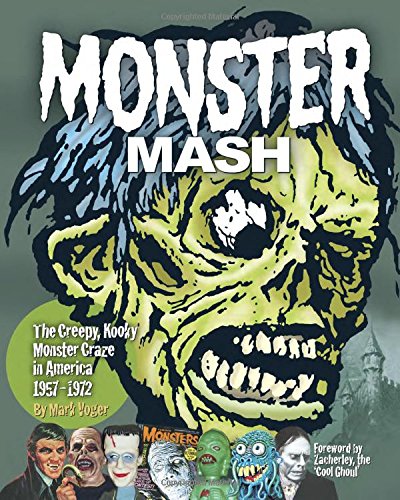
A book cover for Monster Mash: The Creepy, Kooky Monster Craze In America 1957-1972; Mark Voger; Comics & Graphic Novels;